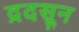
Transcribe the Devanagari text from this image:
द्रदसून